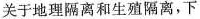
关于地理隔离和生殖隔离，下